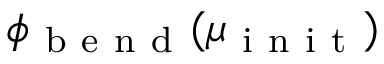
\phi _ { \mathrm { ~ b ~ e ~ n ~ d ~ } } ( \mu _ { \mathrm { ~ i ~ n ~ i ~ t ~ } } )